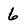
Character: 6